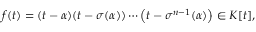
f ( t ) = ( t - \alpha ) ( t - \sigma ( \alpha ) ) \cdots \left( t - \sigma ^ { n - 1 } ( \alpha ) \right) \in K [ t ] ,